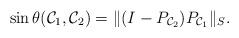
LaTeX: \begin{align*} \sin \theta ({\mathcal C}_1, {\mathcal C}_2) = \lVert (I-P_{{\mathcal C}_2})P_{{\mathcal C}_1} \rVert_S.\end{align*}